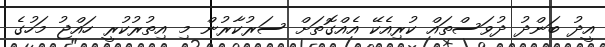
އީދު ބަންދު ދުވަސްތައް ކުރިއެކޭ އެއްގޮތަށް ސަރުކާރުން މި އިތުރުކުރީ ހައްޖު މަހުގެ